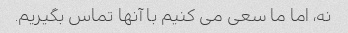
نه، اما ما سعی می کنیم با آنها تماس بگیریم.